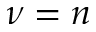
\nu = n